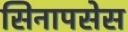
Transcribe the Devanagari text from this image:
सिनापसेस